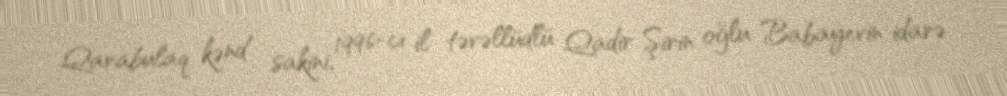
Qarabulaq kənd sakini, 1996-cı il təvəllüdlü Qadir Şirin oğlu Babayevin idarə